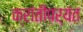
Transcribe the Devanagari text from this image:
क्रांतीपर्यंत